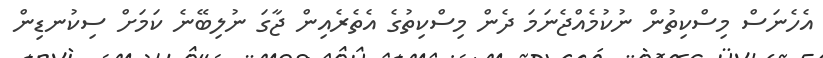
އެހެނަސް މިސްކިތުން ނުކުމެއްޖެނަމަ ދެން މިސްކިތުގެ އެތެރެއިން ޖާގަ ނުލިބޭނެ ކަމަށް ސިކުނޑިން